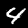
Label: 4